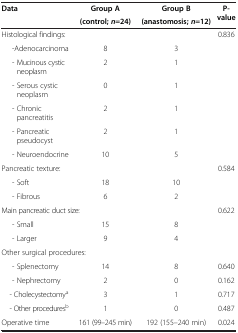
| Data | Group A | Group B | P-value |
 |  | (control; n =24) | (anastomosis; n =12) |  |
 | --- | --- | --- | --- |
 | Histological findings: |  |  | <ROWSPAN=7> 0.836 |
 | -Adenocarcinoma | 8 | 3 |
 | - Mucinous cystic neoplasm | 2 | 1 |
 | - Serous cystic neoplasm | 0 | 1 |
 | - Chronic pancreatitis | 2 | 1 |
 | - Pancreatic pseudocyst | 2 | 1 |
 | - Neuroendocrine | 10 | 5 |
 | Pancreatic texture: |  |  | <ROWSPAN=3> 0.584 |
 | - Soft | 18 | 10 |
 | - Fibrous | 6 | 2 |
 | <COLSPAN=2> Main pancreatic duct size: |  | <ROWSPAN=3> 0.622 |
 | - Small | 15 | 8 |
 | - Larger | 9 | 4 |
 | <COLSPAN=2> Other surgical procedures: |  |  |
 | - Splenectomy | 14 | 8 | 0.640 |
 | - Nephrectomy | 2 | 0 | 0.162 |
 | - Cholecystectomya | 3 | 1 | 0.717 |
 | - Other proceduresb | 1 | 0 | 0.487 |
 | Operative time | 161 (99–245 min) | 192 (155–240 min) | 0.024 |